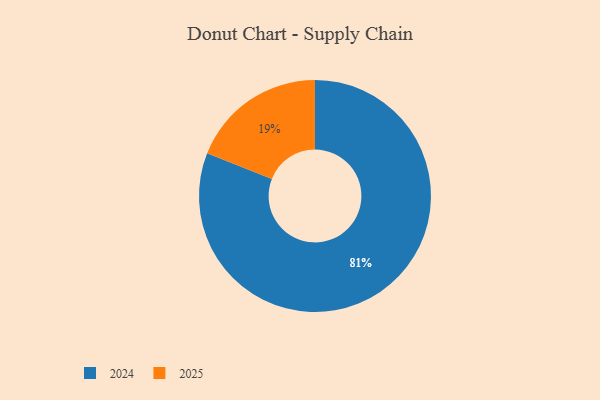
{"axis": {"x": "Category", "y": "Percentage"}, "legend": ["2024", "2025"], "data": [{"x": "2025", "y": 19, "type": "2025"}, {"x": "2024", "y": 81, "type": "2024"}]}